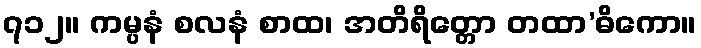
၇၁၂။ ကမ္ပနံ စလနံ စာထ၊ အတိရိတ္တော တထာ’ဓိကော။